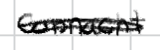
Text: Connacht
Cross-out: scratch
Writing tool: digital_black